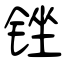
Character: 锉